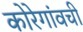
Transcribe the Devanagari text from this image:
कोरेगांवची